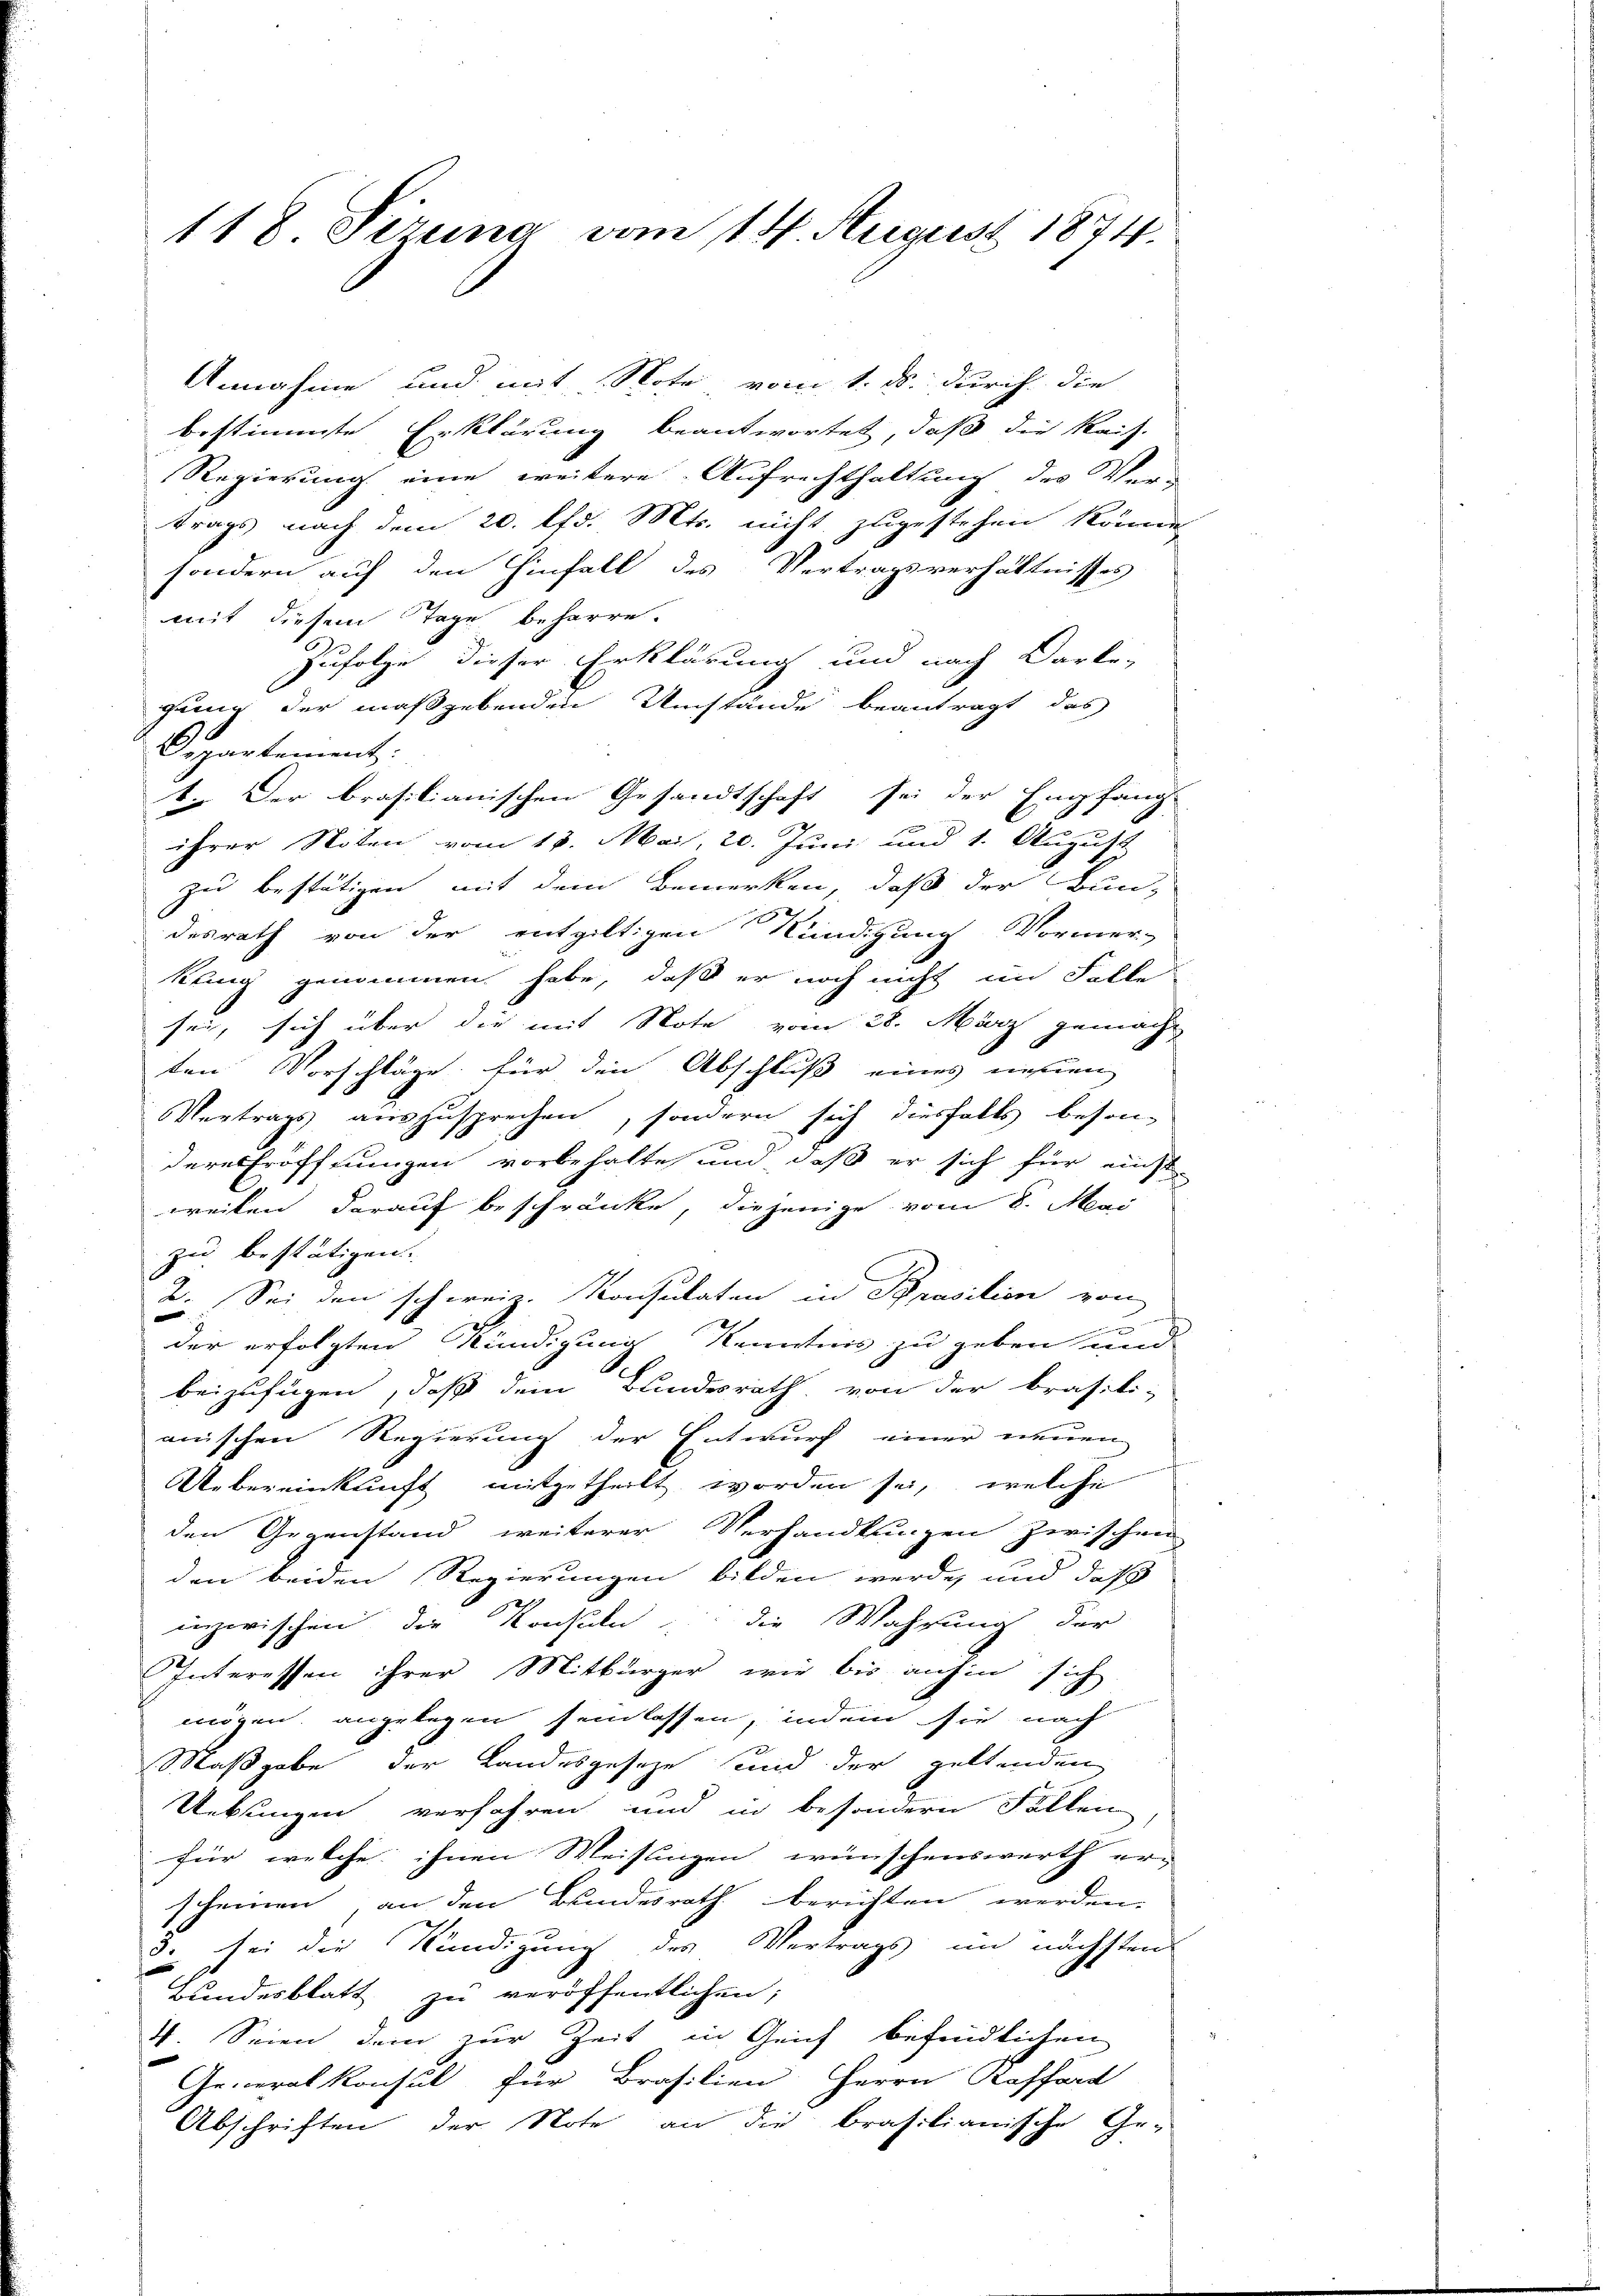
118. Sirung vom 14. August 1874.

Annahme und mit Note vom 1. ds. durch die
bestimmte Erklärung beantwortet, daß die Reis
Regierung eine weitere Aufrechthaltung des Ver-
trags nach dem 20. lfd. Mts. nicht zugestehen könne,
sondern auf den Hinfall des Vertragsverhältnisses
mit diesem Tage beharre.
Zufolge dieser Erklärung und nach Darke,
gung der maßgebenden Umstände beantragt, das
3
Departement:
1. Der brasilianischen Gesandtschaft sei der Empfang-
ihrer Noten vom 17. Mai, 20. Juni und 1. August
zu bestätigen mit dem Bemerken, daß der Bun-
desrath von der entgültigen Kündigung Vormer-
kung genommen habe, daß er noch nicht im Falle
sei, sich über die mit Note vom 28. März gemacht
ten Vorschläge für den Abschluß eines neuen
Vortrags auszusprechen, sondern sich diesfalls besondere Eröffnungen vorbehalte und daß er sich für einst-
weilen darauf beschränke, diejenige vom 8. Mai
zu bestätigen
2. Sei den schweiz. Konsulaten in Brasilien von
der erfolgten Kündigung Kenntnis zu geben und
beizufügen, daß dem Bundesrath von der brasili-
anischen Regierung der Entwurf einer neuen
Uebereinkunft mitgetheilt worden sei, welche
den Gegenstand weiterer Verhandlungen zwischen
den beiden Regierungen bilden werde, und daß
inzwischen die Konsuln, die Wahrung der
Interessen ihrer Mitbürger, wie bis anhin sich
mögen, angelegen seinlassen, indem sie nach
Maßgabe der Landesgeseze und der geltenden
Uebungen verfahren und in besondern Fällen
für welche ihnen Weisungen wünschenswerth er-
scheinen, an den Bundesrath berichten werden.
2 sei die Kündigung des Vertrags im nächsten
Bundesblatt zu veröffentlichen;
4. Seien dem zur Zeit in Grief befindlichen
Generalkonsul für Brasilien Herrn Kefford
Abschriften der Note an die brasilianische Ge-